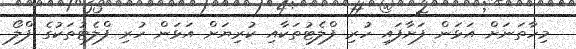
މިހާތަނަށް އަޅަން ފަށާފައި ހުރި ފްލެޓުތަކާއި ކުރިޔަށް އަޅަން ހުރި ފްލެޓުތަކުގެ ފްލޯ